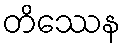
တိဿေန